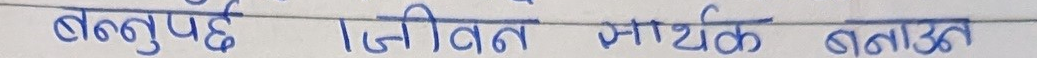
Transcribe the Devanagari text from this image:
बन्नुपर्छ जीवन सार्थक बनाउनु